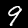
Label: 9